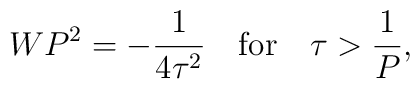
WP^2 = -{1\over 4\tau^2} \quad {\rm for} \quad \tau > {1\over P},\nonumber